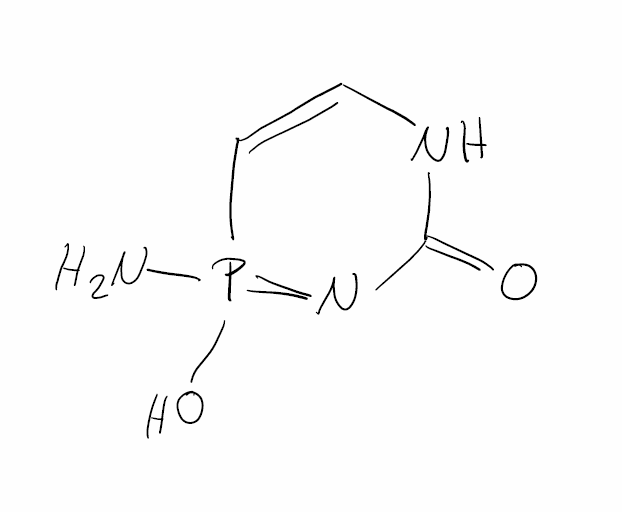
Simplified molecular-input line-entry system (SMILES) notation of the given molecule:
C1=CP(=NC(=O)N1)(N)O